Scottish Leaving Certificate Examination, 1955
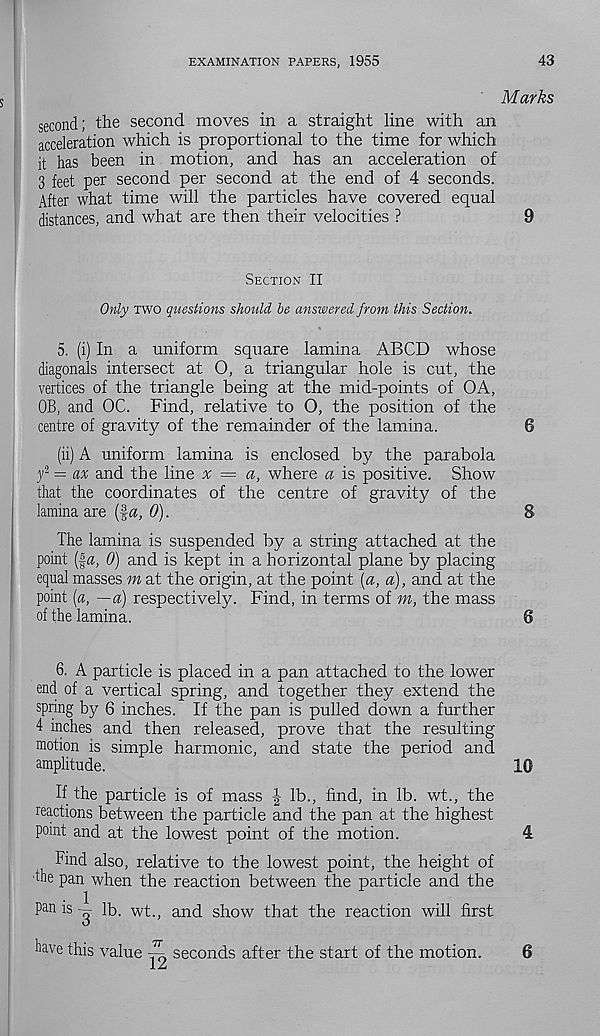
EXAMINATION PAPERS, 1955
43
Marks
second; the second moves in a straight line with an
acceleration which is proportional to the time for which
it has been in motion, and has an acceleration of
3 feet per second per second at the end of 4 seconds.
After what time will the particles have covered equal
distances, and what are then their velocities ?
9
Section II
Only two questions should, he answered from this Section.
5. (i) In a uniform square lamina ABCD whose
diagonals intersect at O, a triangular hole is cut, the
vertices of the triangle being at the mid-points of OA,
OB, and OC. Find, relative to O, the position of the
centre of gravity of the remainder of the lamina.
6
(ii) A uniform lamina is enclosed by the parabola
/ = ax and the line x — a, where a is positive. Show
that the coordinates of the centre of gravity of the
lamina are (fa, 0).
8
The lamina is suspended by a string attached at the
point (fa, 0) and is kept in a horizontal plane by placing
equal masses m at the origin, at the point (a, a), and at the
point [a, —a) respectively. Find, in terms of m, the mass
of the lamina.
6
6. A particle is placed in a pan attached to the lower
end of a vertical spring, and together they extend the
spring by 6 inches. If the pan is pulled down a further
4 inches and then released, prove that the resulting
motion is simple harmonic, and state the period and
amplitude.
10
If the particle is of mass J lb., find, in lb. wt., the
reactions between the particle and the pan at the highest
point and at the lowest point of the motion.
4
Find also, relative to the lowest point, the height of
the pan when the reaction between the particle and the
pan is — lb. wt., and show that the reaction will first
have this value ~ seconds after the start of the motion.
6